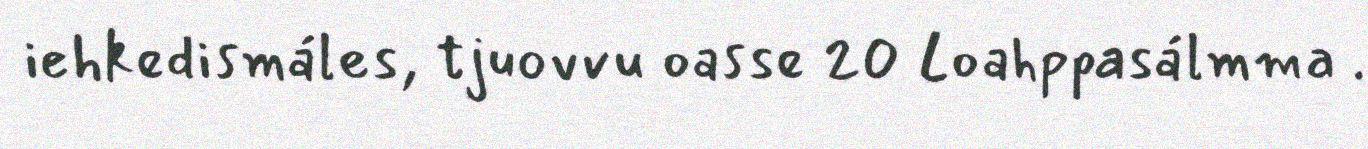
iehkedismáles, tjuovvu oasse 20 Loahppasálmma .